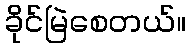
ခိုင်မြဲစေတယ်။